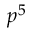
p ^ { 5 }